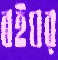
বইঘর